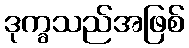
ဒုက္ခသည်အဖြစ်